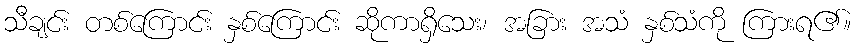
သီချင်း တစ်ကြောင်း နှစ်ကြောင်း ဆိုကာရှိသေး၊ အခြား အသံ နှစ်သံကို ကြားရ၏။